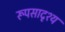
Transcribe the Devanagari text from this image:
रूपसादृश्य